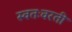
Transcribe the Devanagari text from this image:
स्वतःवरती